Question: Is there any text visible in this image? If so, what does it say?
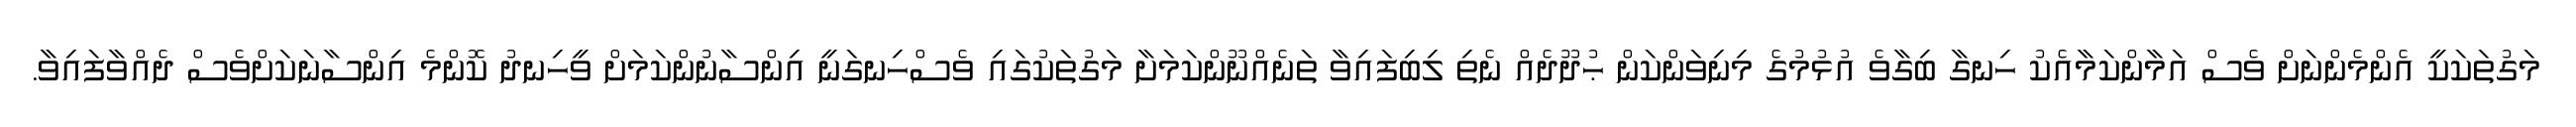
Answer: މަގުތަކަކީ އެންމެންނަށް ވެސް އަމާންކަމާއެކު ހިނގާ ބިގާވެ އުޅުމުގެ މިނިވަންކަން ޙުދޫދެއް ނެތި ލިބިފައިވާ ތަނެއްނޫންކަމަށާ މަގުތަކުގައި ވެސްހިނގަނީ އިންސާނުންކަމަށް ވީހިނދު ކޮންމެ އިންސާނަކަށްވެސް ދެއްވާފައިވާ.